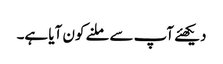
دیکھئے آپ سے ملنے کون آیا ہے۔